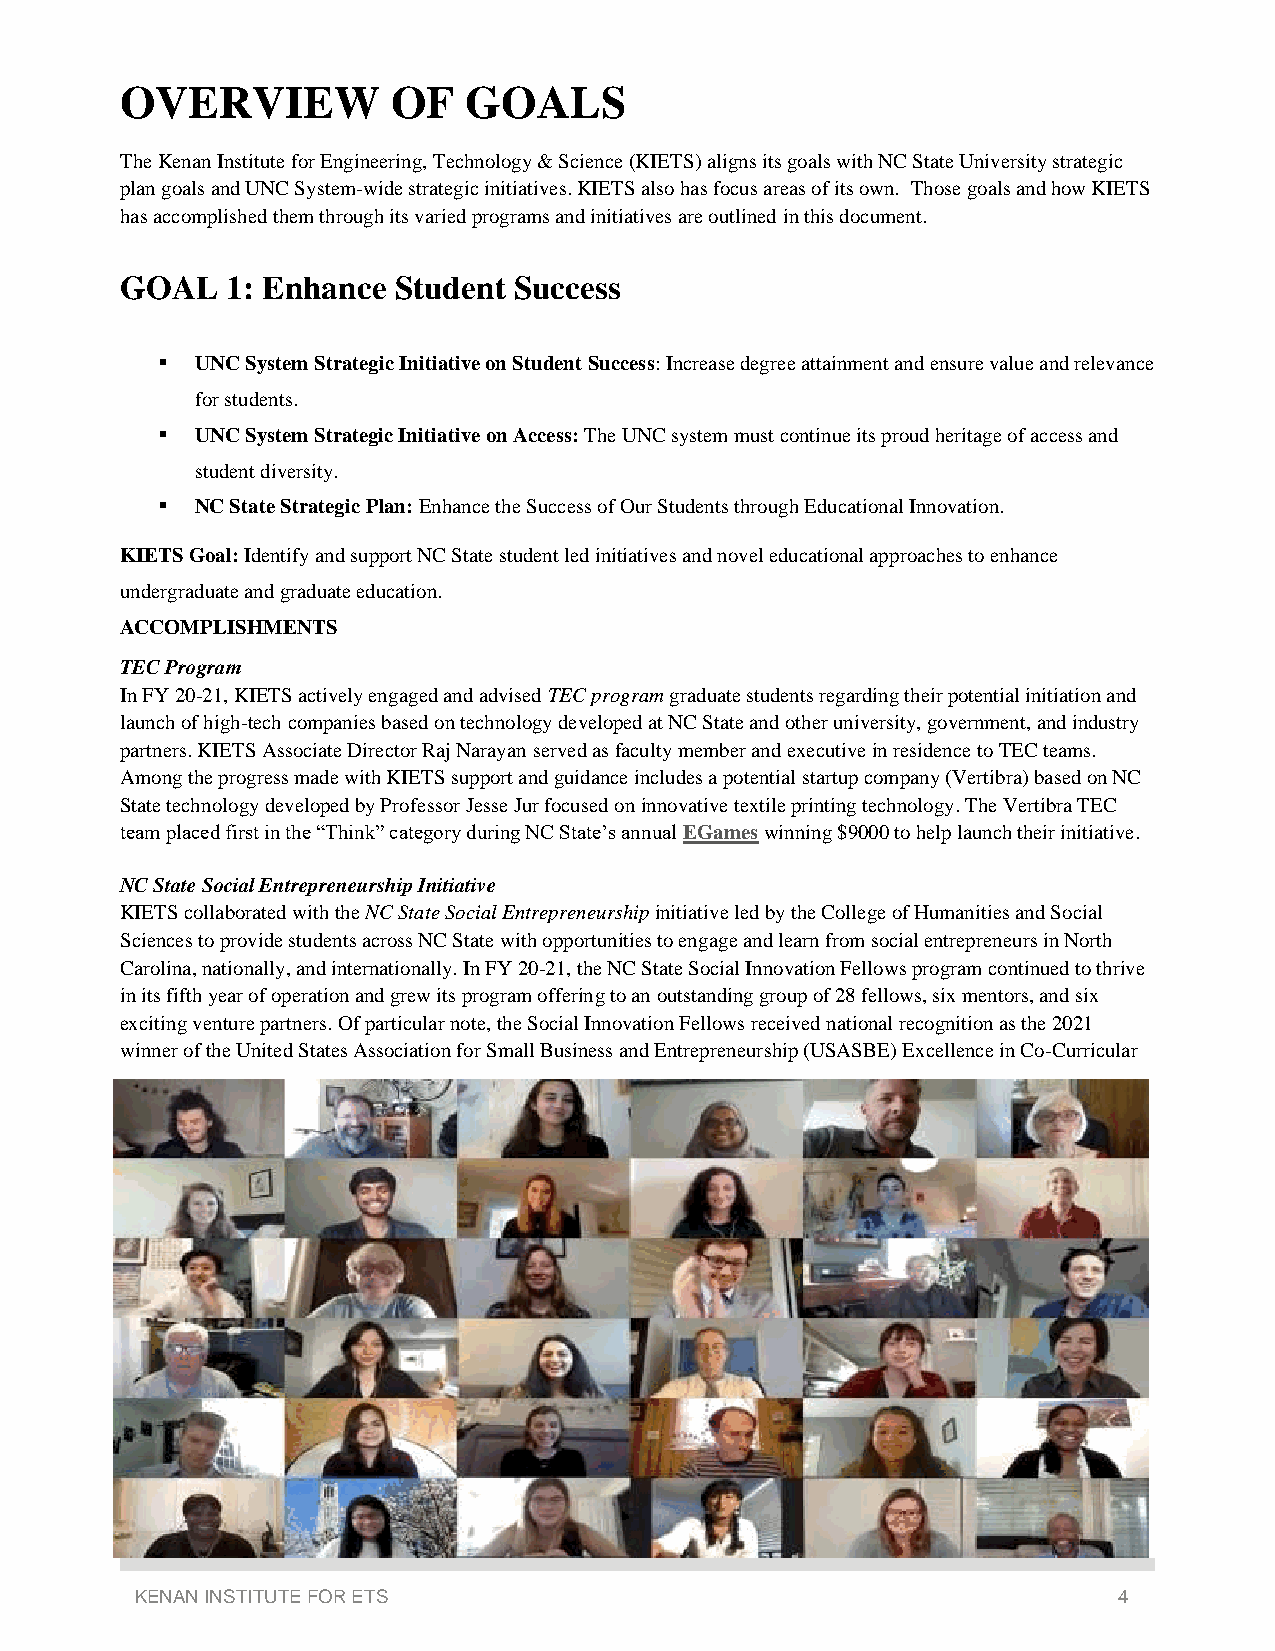
OVERVIEW          OF   GOALS
 The Kenan Institute for Engineering, Technology & Science (KIETS) aligns its goals with NC State University strategic
 plan goals and UNC System-wide strategic initiatives. KIETS also has focus areas of its own. Those goals and how KIETS
 has accomplished them through its varied programs and initiatives are outlined in this document.
 GOAL   1: Enhance Student Success
 ▪  UNC System Strategic Initiative on Student Success: Increase degree attainment and ensure value and relevance
 for students.
 ▪  UNC System Strategic Initiative on Access: The UNC system must continue its proud heritage of access and
 student diversity.
 ▪  NC State Strategic Plan: Enhance the Success of Our Students through Educational Innovation.
 KIETS Goal: Identify and support NC State student led initiatives and novel educational approaches to enhance
 undergraduate and graduate education.
 ACCOMPLISHMENTS
 TEC Program
 In FY 20-21, KIETS actively engaged and advised TEC program graduate students regarding their potential initiation and
 launch of high-tech companies based on technology developed at NC State and other university, government, and industry
 partners. KIETS Associate Director Raj Narayan served as faculty member and executive in residence to TEC teams.
 Among the progress made with KIETS support and guidance includes a potential startup company (Vertibra) based on NC
 State technology developed by Professor Jesse Jur focused on innovative textile printing technology. The Vertibra TEC
 team placed first in the “Think” category during NC State’s annual EGames winning $9000 to help launch their initiative.
 NC State Social Entrepreneurship Initiative
 KIETS collaborated with the NC State Social Entrepreneurship initiative led by the College of Humanities and Social
 Sciences to provide students across NC State with opportunities to engage and learn from social entrepreneurs in North
 Carolina, nationally, and internationally. In FY 20-21, the NC State Social Innovation Fellows program continued to thrive
 in its fifth year of operation and grew its program offering to an outstanding group of 28 fellows, six mentors, and six
 exciting venture partners. Of particular note, the Social Innovation Fellows received national recognition as the 2021
 winner of the United States Association for Small Business and Entrepreneurship (USASBE) Excellence in Co-Curricular
 KENAN INSTITUTE FOR ETS                                          4